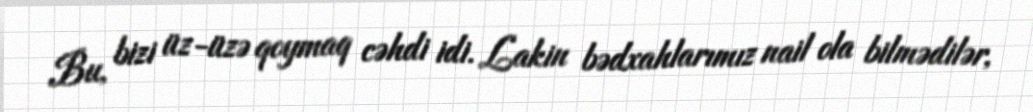
Bu, bizi üz-üzə qoymaq cəhdi idi. Lakin bədxahlarımız nail ola bilmədilər,